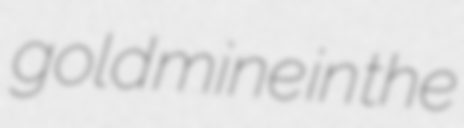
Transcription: gold mine in the